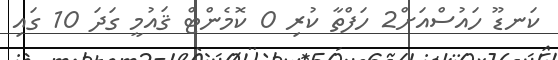
ކަނޑޫ ހައުސްއަށް2 ހަފްތާ ކުރި 0 ކޮމެންޓް ޤައުމީ ގަދަ 10 ގައި